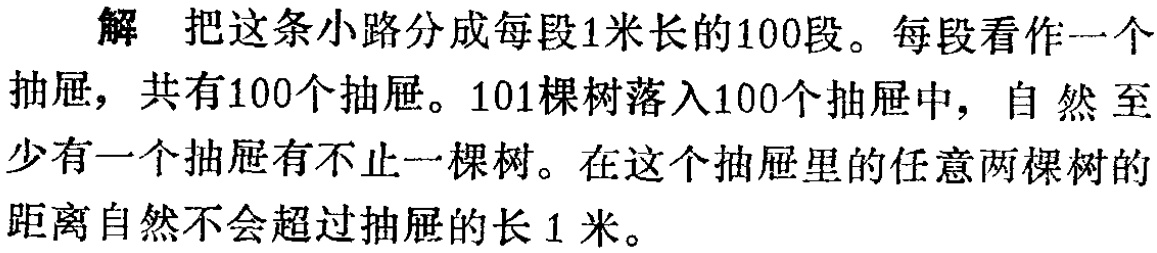
解 把这条小路分成每段1米长的100段。每段看作一个抽屉，共有100个抽屉。101棵树落入100个抽屉中，自然至少有一个抽屉有不止一棵树。在这个抽屉里的任意两棵树的距离自然不会超过抽屉的长1米。